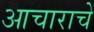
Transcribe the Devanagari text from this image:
आचाराचे